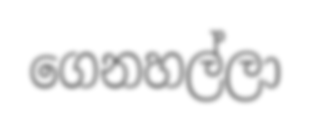
ගෙනහල්ලා